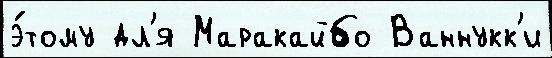
э́тому дл'я Маракайбо Ваннукк'и